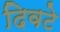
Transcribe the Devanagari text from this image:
दिवटे